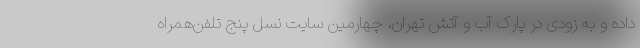
داده و به زودی در پارک آب و آتش تهران، چهارمین سایت نسل پنج تلفن‌همراه